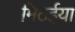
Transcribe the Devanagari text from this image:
मिठईया